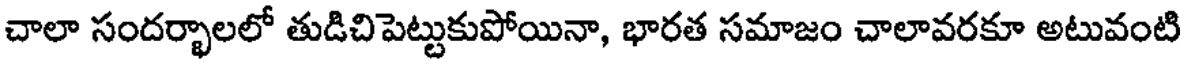
చాలా సందర్భాలలో తుడిచిపెట్టుకుపోయినా, భారత సమాజం చాలావరకూ అటువంటి